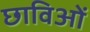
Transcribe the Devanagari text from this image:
छाविओं